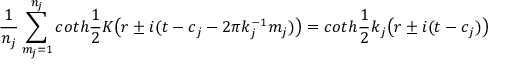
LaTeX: \frac { 1 } { n _ { j } } \sum _ { m _ { j } = 1 } ^ { n _ { j } } c o t h \frac { 1 } { 2 } K \bigl ( r \pm i ( t - c _ { j } - 2 \pi k _ { j } ^ { - 1 } m _ { j } ) \bigr ) = c o t h \frac { 1 } { 2 } k _ { j } \bigl ( r \pm i ( t - c _ { j } ) \bigr )